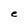
Character: e